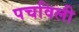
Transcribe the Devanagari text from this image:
पचविली